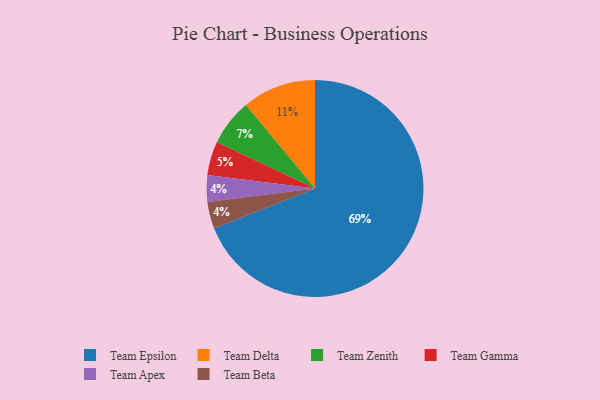
{"axis": {"x": "Category", "y": "Percentage"}, "legend": ["Team Apex", "Team Beta", "Team Delta", "Team Epsilon", "Team Gamma", "Team Zenith"], "data": [{"x": "Team Epsilon", "y": 69, "type": "Team Epsilon"}, {"x": "Team Zenith", "y": 7, "type": "Team Zenith"}, {"x": "Team Delta", "y": 11, "type": "Team Delta"}, {"x": "Team Apex", "y": 4, "type": "Team Apex"}, {"x": "Team Gamma", "y": 5, "type": "Team Gamma"}, {"x": "Team Beta", "y": 4, "type": "Team Beta"}]}